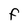
Character: F